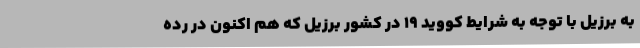
به برزیل با توجه به شرایط کووید 19 در کشور برزیل که هم اکنون در رده